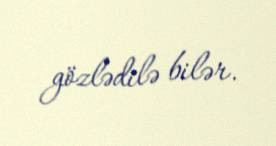
gözlədilə bilər.